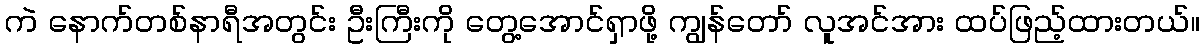
ကဲ နောက်တစ်နာရီအတွင်း ဦးကြီးကို တွေ့အောင်ရှာဖို့ ကျွန်တော် လူအင်အား ထပ်ဖြည့်ထားတယ်။